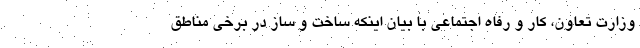
وزارت تعاون، کار و رفاه اجتماعی با بیان اینکه ساخت و ساز در برخی مناطق